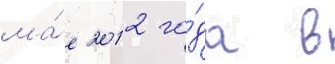
ма́е 2012 го́да в